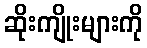
ဆိုးကျိုးများကို